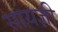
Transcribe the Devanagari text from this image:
सायज्ञी